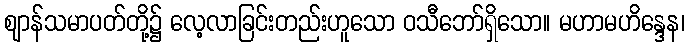
ဈာန်သမာပတ်တို့၌ လေ့လာခြင်းတည်းဟူသော ဝသီဘော်ရှိသော။ မဟာမဟိန္ဒေန၊